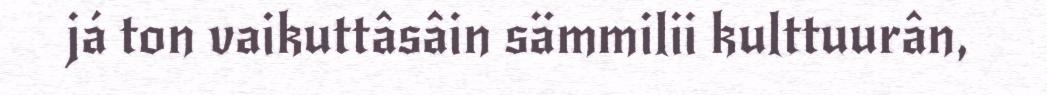
já ton vaikuttâsâin sämmilii kulttuurân,